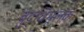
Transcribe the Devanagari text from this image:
बुद्धिमूलक